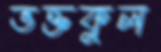
ভক্তকুল